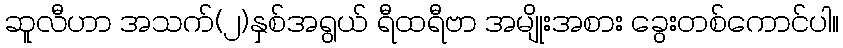
ဆူလီဟာ အသက်(၂)နှစ်အရွယ် ရီထရီဗာ အမျိုးအစား ခွေးတစ်ကောင်ပါ။